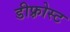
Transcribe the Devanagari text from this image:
डीफ़्रोस्ट